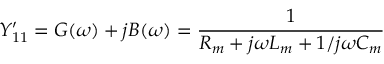
Y _ { 1 1 } ^ { \prime } = G ( \omega ) + j B ( \omega ) = \frac { 1 } { R _ { m } + j \omega L _ { m } + 1 / j \omega C _ { m } }